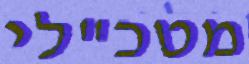
מטכ"לי